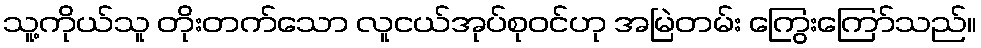
သူ့ကိုယ်သူ တိုးတက်သော လူငယ်အုပ်စုဝင်ဟု အမြဲတမ်း ကြွေးကြော်သည်။